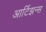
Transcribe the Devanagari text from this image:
आर्टिझन्स